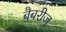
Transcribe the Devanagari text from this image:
बैबरीज